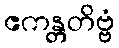
ဧကန္တတိဗ္ဗံ